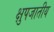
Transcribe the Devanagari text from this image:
क्षुपजातीय